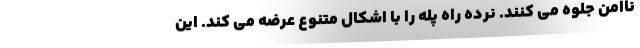
ناامن جلوه می کنند. نرده راه پله را با اشکال متنوع عرضه می کند. این